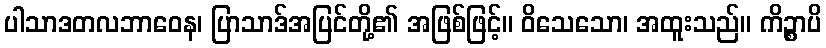
ပါသာဒတလဘာဝေန၊ ပြာသာဒ်အပြင်တို့၏ အဖြစ်ဖြင့်။ ဝိသေသော၊ အထူးသည်။ ကိဉ္စာပိ